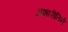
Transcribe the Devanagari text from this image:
अशारीतिने